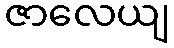
ဇာလေယျ